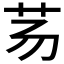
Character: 𰰢